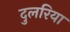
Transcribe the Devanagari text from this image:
दुलरिया